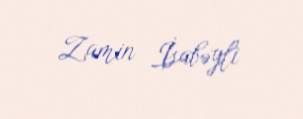
Zamin İsabəyli